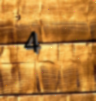
4